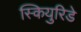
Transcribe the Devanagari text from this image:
स्कियुरिडे